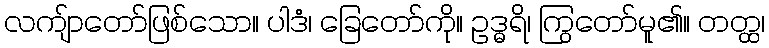
လကျ်ာတော်ဖြစ်သော။ ပါဒံ၊ ခြေတော်ကို။ ဥဒ္ဓရိ၊ ကြွတော်မူ၏။ တတ္ထ၊